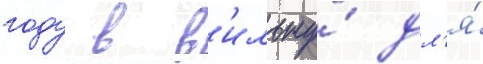
году в в'ильну́ дл'я́